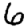
Digit: 6